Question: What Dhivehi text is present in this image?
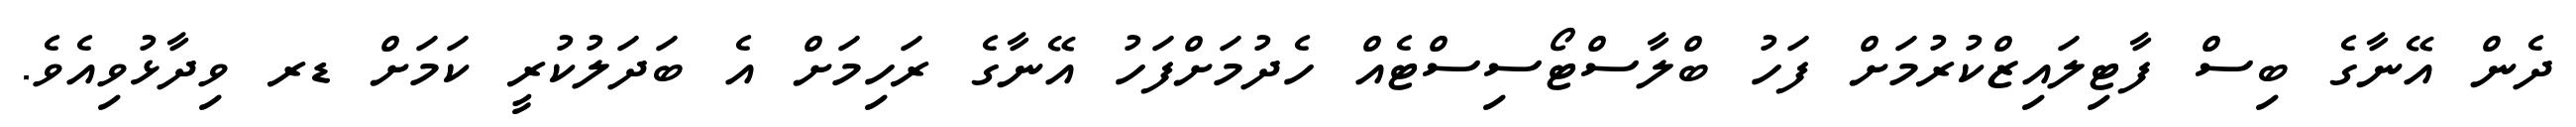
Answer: ދެން އޭނާގެ ބިސް ފާޓިލައިޒްކުރުމަށް ފަހު ބްލާސްޓޯސިސްޓެއް ހެދުމަށްފަހު އޭނާގެ ރަހިމަށް އެ ބަދަލުކުރީ ކަމަށް ޑރ ވިދާޅުވިއެވެ.